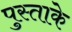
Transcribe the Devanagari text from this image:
पुस्ताके